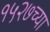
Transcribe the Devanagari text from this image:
१५२७च्या